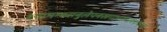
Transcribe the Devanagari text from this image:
श्यामम्बरानुलेपनस्रगाभरणामेकवक्त्रां